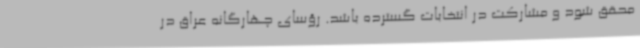
محقق شود و مشارکت در انتخابات گسترده باشد. رؤسای چهارگانه عراق در